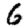
Digit: 6